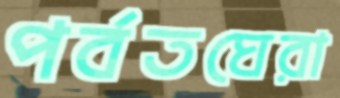
পর্বতঘেরা